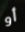
أو